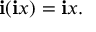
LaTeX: \mathbf { i } ( \mathbf { i } x ) = \mathbf { i } x .